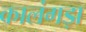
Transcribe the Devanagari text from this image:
कालंगड़ा